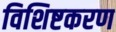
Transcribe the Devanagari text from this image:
विशिष्टकरण